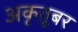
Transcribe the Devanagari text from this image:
अकृतूबर